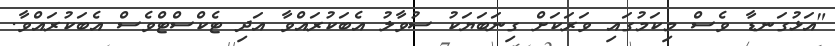
"އަޅުގަނޑާ ވެސް މިކަމުގައި ވަރަކަށް ގިނަބަޔަކު ސުވާލު އެބަކުރައްވާ އަދި ޓެކްސްޓްވެސް އެބަކުރައްވާ.